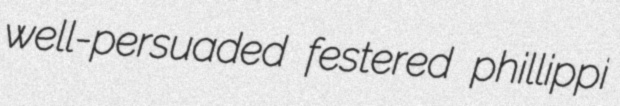
well-persuaded festered phillippi